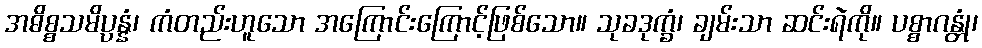
အဓိစ္စသမိပ္ပန္နံ၊ ကံတည်းဟူသော အကြောင်းကြောင့်ဖြစ်သော။ သုခဒုက္ခံ၊ ချမ်းသာ ဆင်းရဲကို။ ပစ္စာဂန္တုံ၊